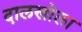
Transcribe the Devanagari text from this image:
दालखोला